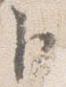
臣